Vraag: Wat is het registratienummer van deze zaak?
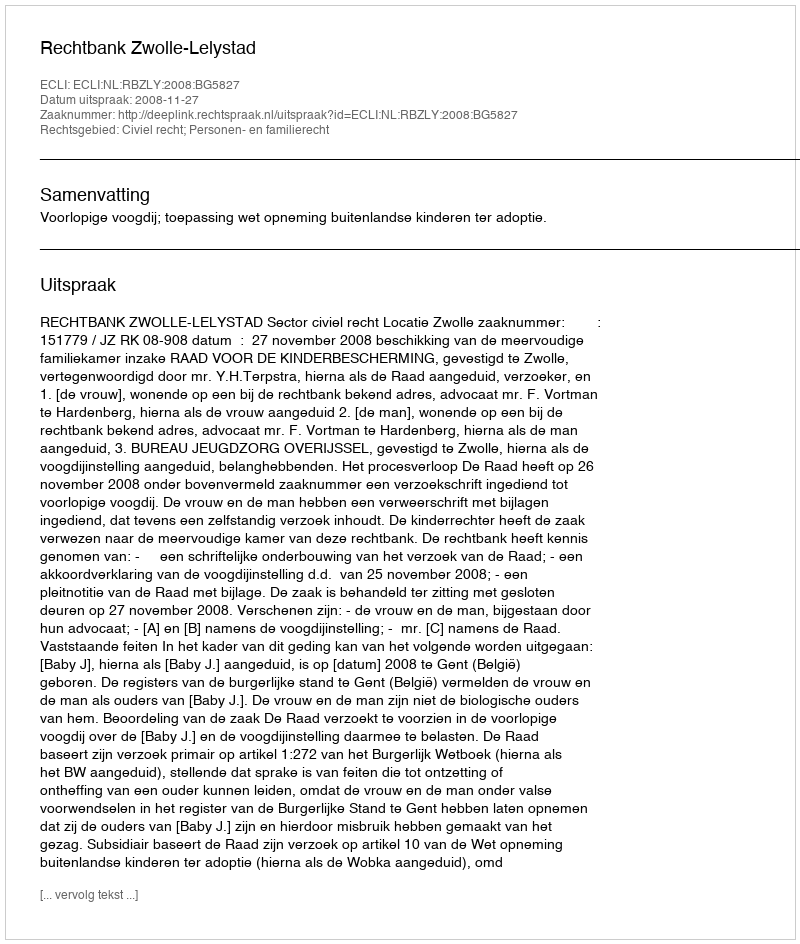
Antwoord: http://deeplink.rechtspraak.nl/uitspraak?id=ECLI:NL:RBZLY:2008:BG5827